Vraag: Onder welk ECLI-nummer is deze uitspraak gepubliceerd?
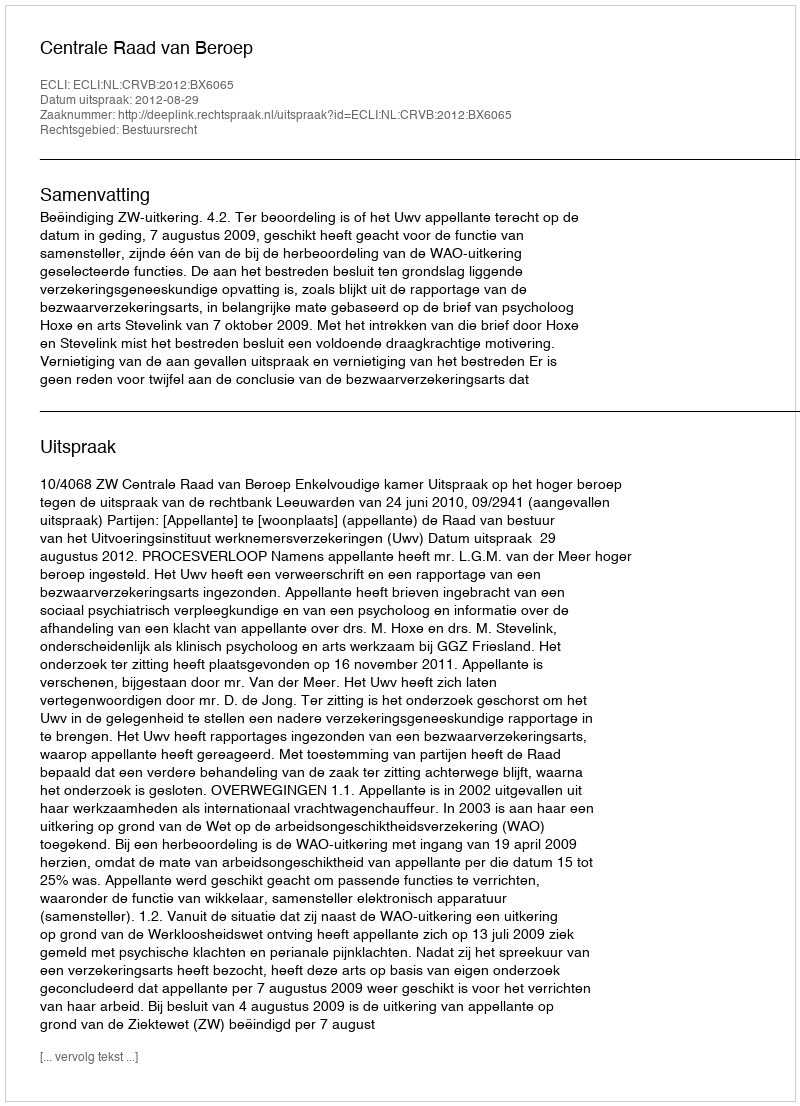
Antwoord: ECLI:NL:CRVB:2012:BX6065